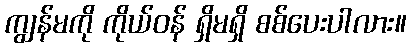
ကျွန်မကို ကိုယ်ဝန် ရှိမရှိ စစ်ပေးပါလား။